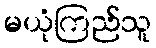
မယုံကြည်သူ